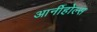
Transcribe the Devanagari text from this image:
आर्नीहोल्स